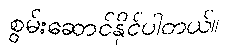
စွမ်းဆောင်နိုင်ပါတယ်။